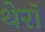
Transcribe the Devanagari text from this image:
थेरॉ